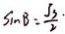
\sin B = \frac { \sqrt { 3 } } { 2 }